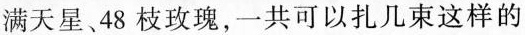
满天星、48枝玫瑰，一共可以扎几束这样的